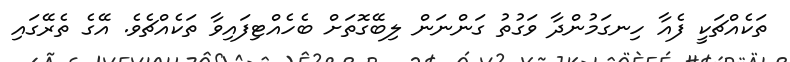
ތަކެއްޗަކީ ފެއާ ހިނގަމުންދާ ވަގުތު ގަންނަން ލިބޭގޮތަށް ބެހެއްޓިފައިވާ ތަކެއްޗެވެ. އޭގެ ތެރޭގައި